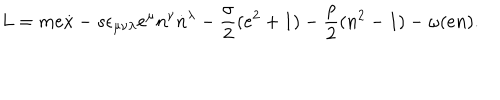
L = m e \dot { x } - s \epsilon _ { \mu \nu \lambda } e ^ { \mu } n ^ { \nu } \dot { n } { } ^ { \lambda } - \frac { \sigma } { 2 } ( e ^ { 2 } + 1 ) - \frac { \rho } { 2 } ( n ^ { 2 } - 1 ) - \omega ( e n ) .